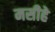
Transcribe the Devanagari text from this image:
मसीहे